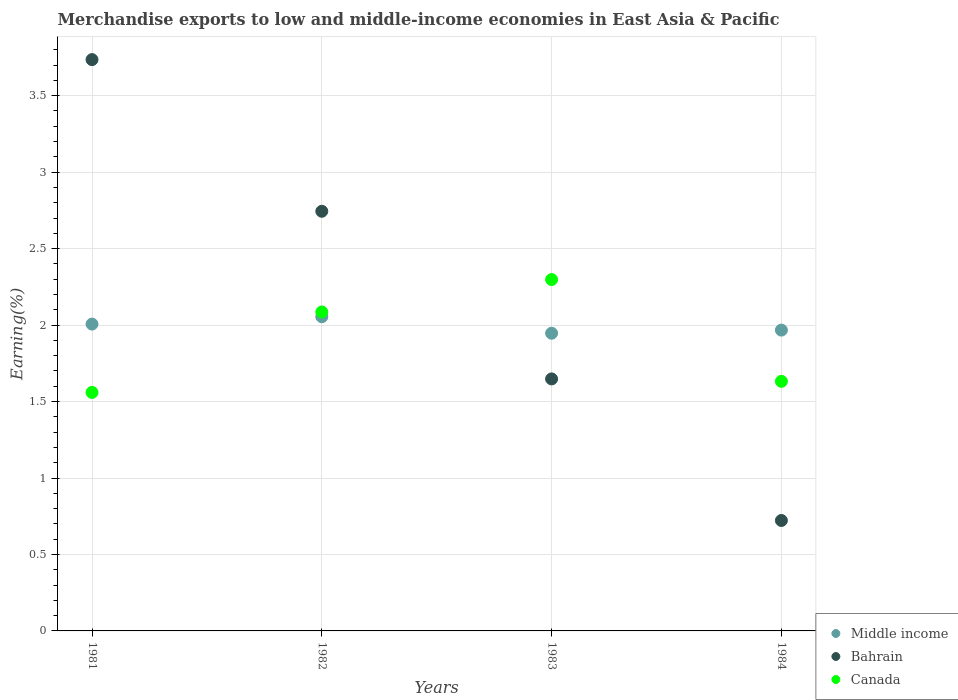
| Years | Middle income | Bahrain | Canada |
 | --- | --- | --- | --- |
 | 1981 | 2.01 | 3.74 | 1.56 |
 | 1982 | 2.05 | 2.74 | 2.09 |
 | 1983 | 1.95 | 1.65 | 2.3 |
 | 1984 | 1.97 | 0.722 | 1.63 |